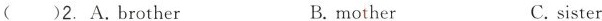
()2.A.brother B.mother C.sister